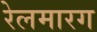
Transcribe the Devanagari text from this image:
रेलमारग